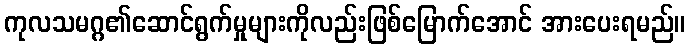
ကုလသမဂ္ဂ၏ဆောင်ရွက်မှုများကိုလည်းဖြစ်မြောက်အောင် အားပေးရမည်။